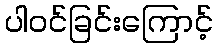
ပါဝင်ခြင်းကြောင့်